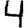
Digit: 4